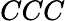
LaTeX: CCC